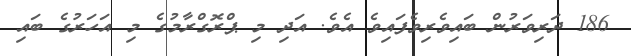
186 ދަރިވަރުން ބައިވެރިވެފައިވެ އެވެ. އަދި މި ޕްރޮގްރާމުގެ މި އަހަރުގެ ބައި